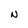
Character: N